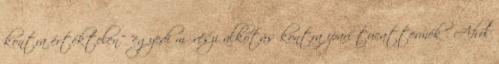
kontra értéktelen" "egyedi művészi alkotás kontra ipari tucattermék". Ahol